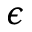
\epsilon